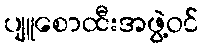
ပျူစောထီးအဖွဲ့ဝင်